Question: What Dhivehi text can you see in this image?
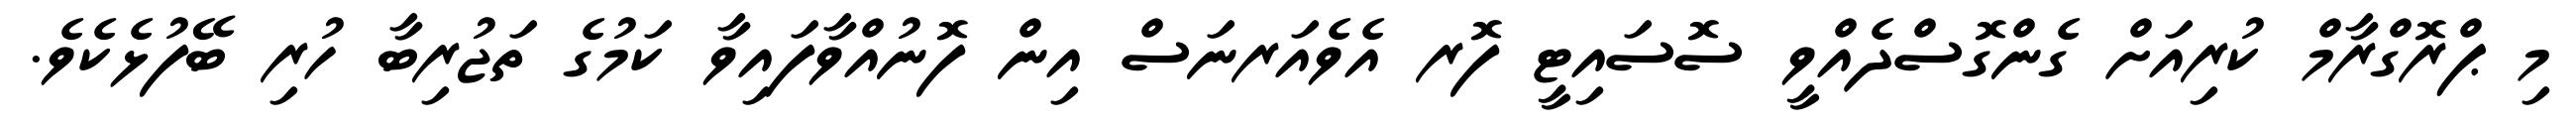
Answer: މި ޕްރޮގްރާމް ކުރިއަށް ގެންގޮސްދެއްވީ ސޮސައިޓީ ފޮރ އެވެއަރނަސް އިން ފޮނުއްވާފައިވާ ކަމުގެ ތަޖުރިބާ ހުރި ބޭފުޅެކެވެ.